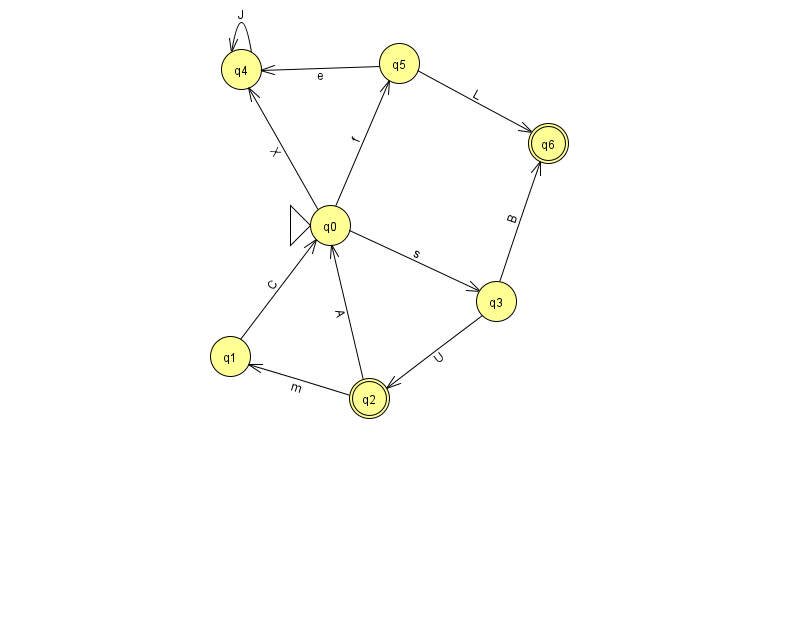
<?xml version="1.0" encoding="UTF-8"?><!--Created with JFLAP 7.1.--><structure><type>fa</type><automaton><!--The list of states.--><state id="0" name="q0"><x>330.0</x><y>212.0</y><initial/></state><state id="1" name="q1"><x>230.0</x><y>343.0</y></state><state id="2" name="q2"><x>369.0</x><y>385.0</y><final/></state><state id="3" name="q3"><x>496.0</x><y>288.0</y></state><state id="4" name="q4"><x>241.0</x><y>56.0</y></state><state id="5" name="q5"><x>399.0</x><y>50.0</y></state><state id="6" name="q6"><x>548.0</x><y>130.0</y><final/></state><!--The list of transitions.--><transition><from>0</from><to>4</to><read>X</read></transition><transition><from>3</from><to>2</to><read>U</read></transition><transition><from>5</from><to>6</to><read>L</read></transition><transition><from>5</from><to>4</to><read>e</read></transition><transition><from>2</from><to>1</to><read>m</read></transition><transition><from>0</from><to>5</to><read>f</read></transition><transition><from>3</from><to>6</to><read>B</read></transition><transition><from>0</from><to>3</to><read>s</read></transition><transition><from>4</from><to>4</to><read>J</read></transition><transition><from>1</from><to>0</to><read>C</read></transition><transition><from>2</from><to>0</to><read>A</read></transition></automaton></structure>